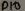
Text: D10